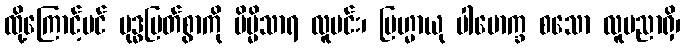
ထို့ကြောင့်ပင် ဗုဒ္ဓမြတ်စွာကို ဗိမ္မိသာရ လူမင်း၊ ဗြဟ္မာယု ပါမောက္ခ စသော လူပညာရှိ၊